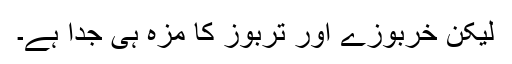
لیکن خربوزے اور تربوز کا مزہ ہی جدا ہے۔